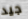
جيد